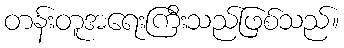
တန်းတူအရေးကြီးသည်ဖြစ်သည်။